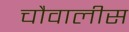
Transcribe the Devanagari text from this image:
चौवालीस